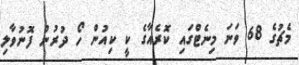
މެޗުގެ 68 ވަނަ މިނެޓްގައި ކޮރެއާގެ ކީ ކިއުން ހޯ ދުރުން ފޮނުވާލި